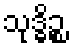
သုဒ္ဓိဉ္စ